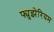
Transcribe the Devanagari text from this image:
फ्युझेरियम